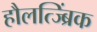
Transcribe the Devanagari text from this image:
हौलत्ज्ब्रिंक